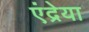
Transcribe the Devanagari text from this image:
एंद्रेया